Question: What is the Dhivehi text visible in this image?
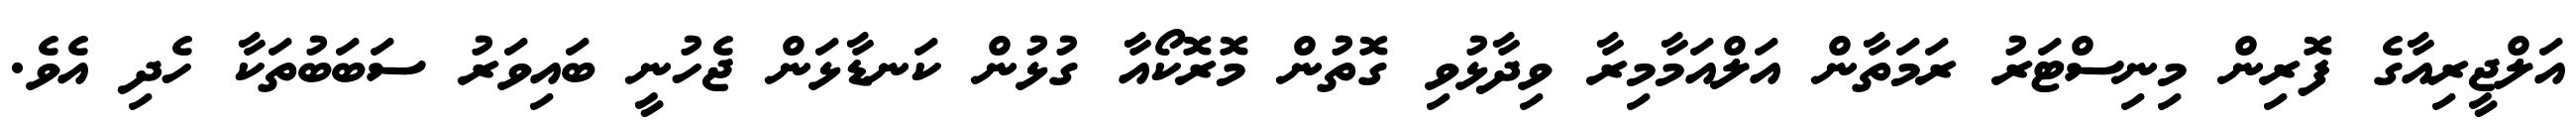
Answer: އަލްޖީރިއާގެ ފޮރިން މިނިސްޓަރު ރަމަތާން އަލްއަމާމިރާ ވިދާޅުވި ގޮތުން މޮރޮކޯއާ ގުޅުން ކަނޑާޅަން ޖެހުނީ ބައިވަރު ސަބަބުތަކާ ހެދި އެވެ.